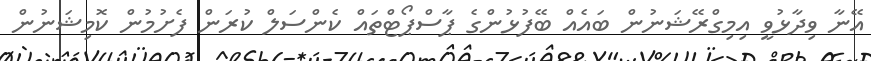
އޭނާ ވިދާޅުވީ އިމިގްރޭޝަނުން ބައެއް ބޭފުޅުންގެ ޕާސްޕޯޓްތައް ކެންސަލް ކުރަން ފެށުމުން ކޮމިޝަނުން